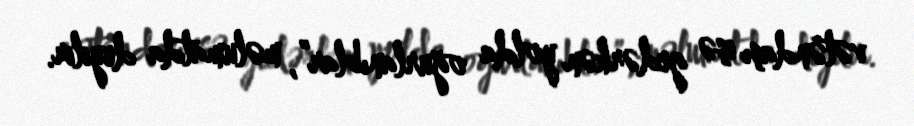
vətəndaşı işə gedərkən yolda oğurlanıblar”, məlumatda deyilir.